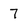
Character: 7